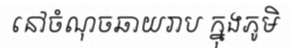
នៅចំណុចឆាយរាប ក្នុងភូមិ